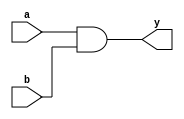
`timescale 1ns / 1ps
//////////////////////////////////////////////////////////////////////////////////
// Company: 
// Engineer: 
// 
// Design Name: 
// Module Name: AndModule
// Project Name: 
// Target Devices: 
// Tool Versions: 
// Description: 
// 
// Dependencies: 
// 
// Revision:
// Revision 0.01 - File Created
// Additional Comments:
// 
//////////////////////////////////////////////////////////////////////////////////


module AndModule(
    input a,
    input b,
    output reg y
    );
    
always @(a or b)
begin
y = a && b;
end
endmodule